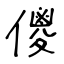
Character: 儍